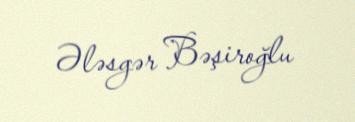
Ələsgər Bəşiroğlu